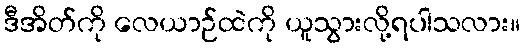
ဒီအိတ်ကို လေယာဉ်ထဲကို ယူသွားလို့ရပါသလား။